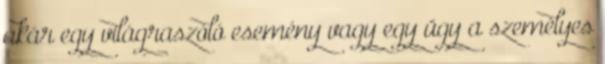
akár egy világraszóló esemény vagy egy ügy a személyes